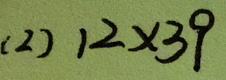
( 2 ) 1 2 \times 3 9